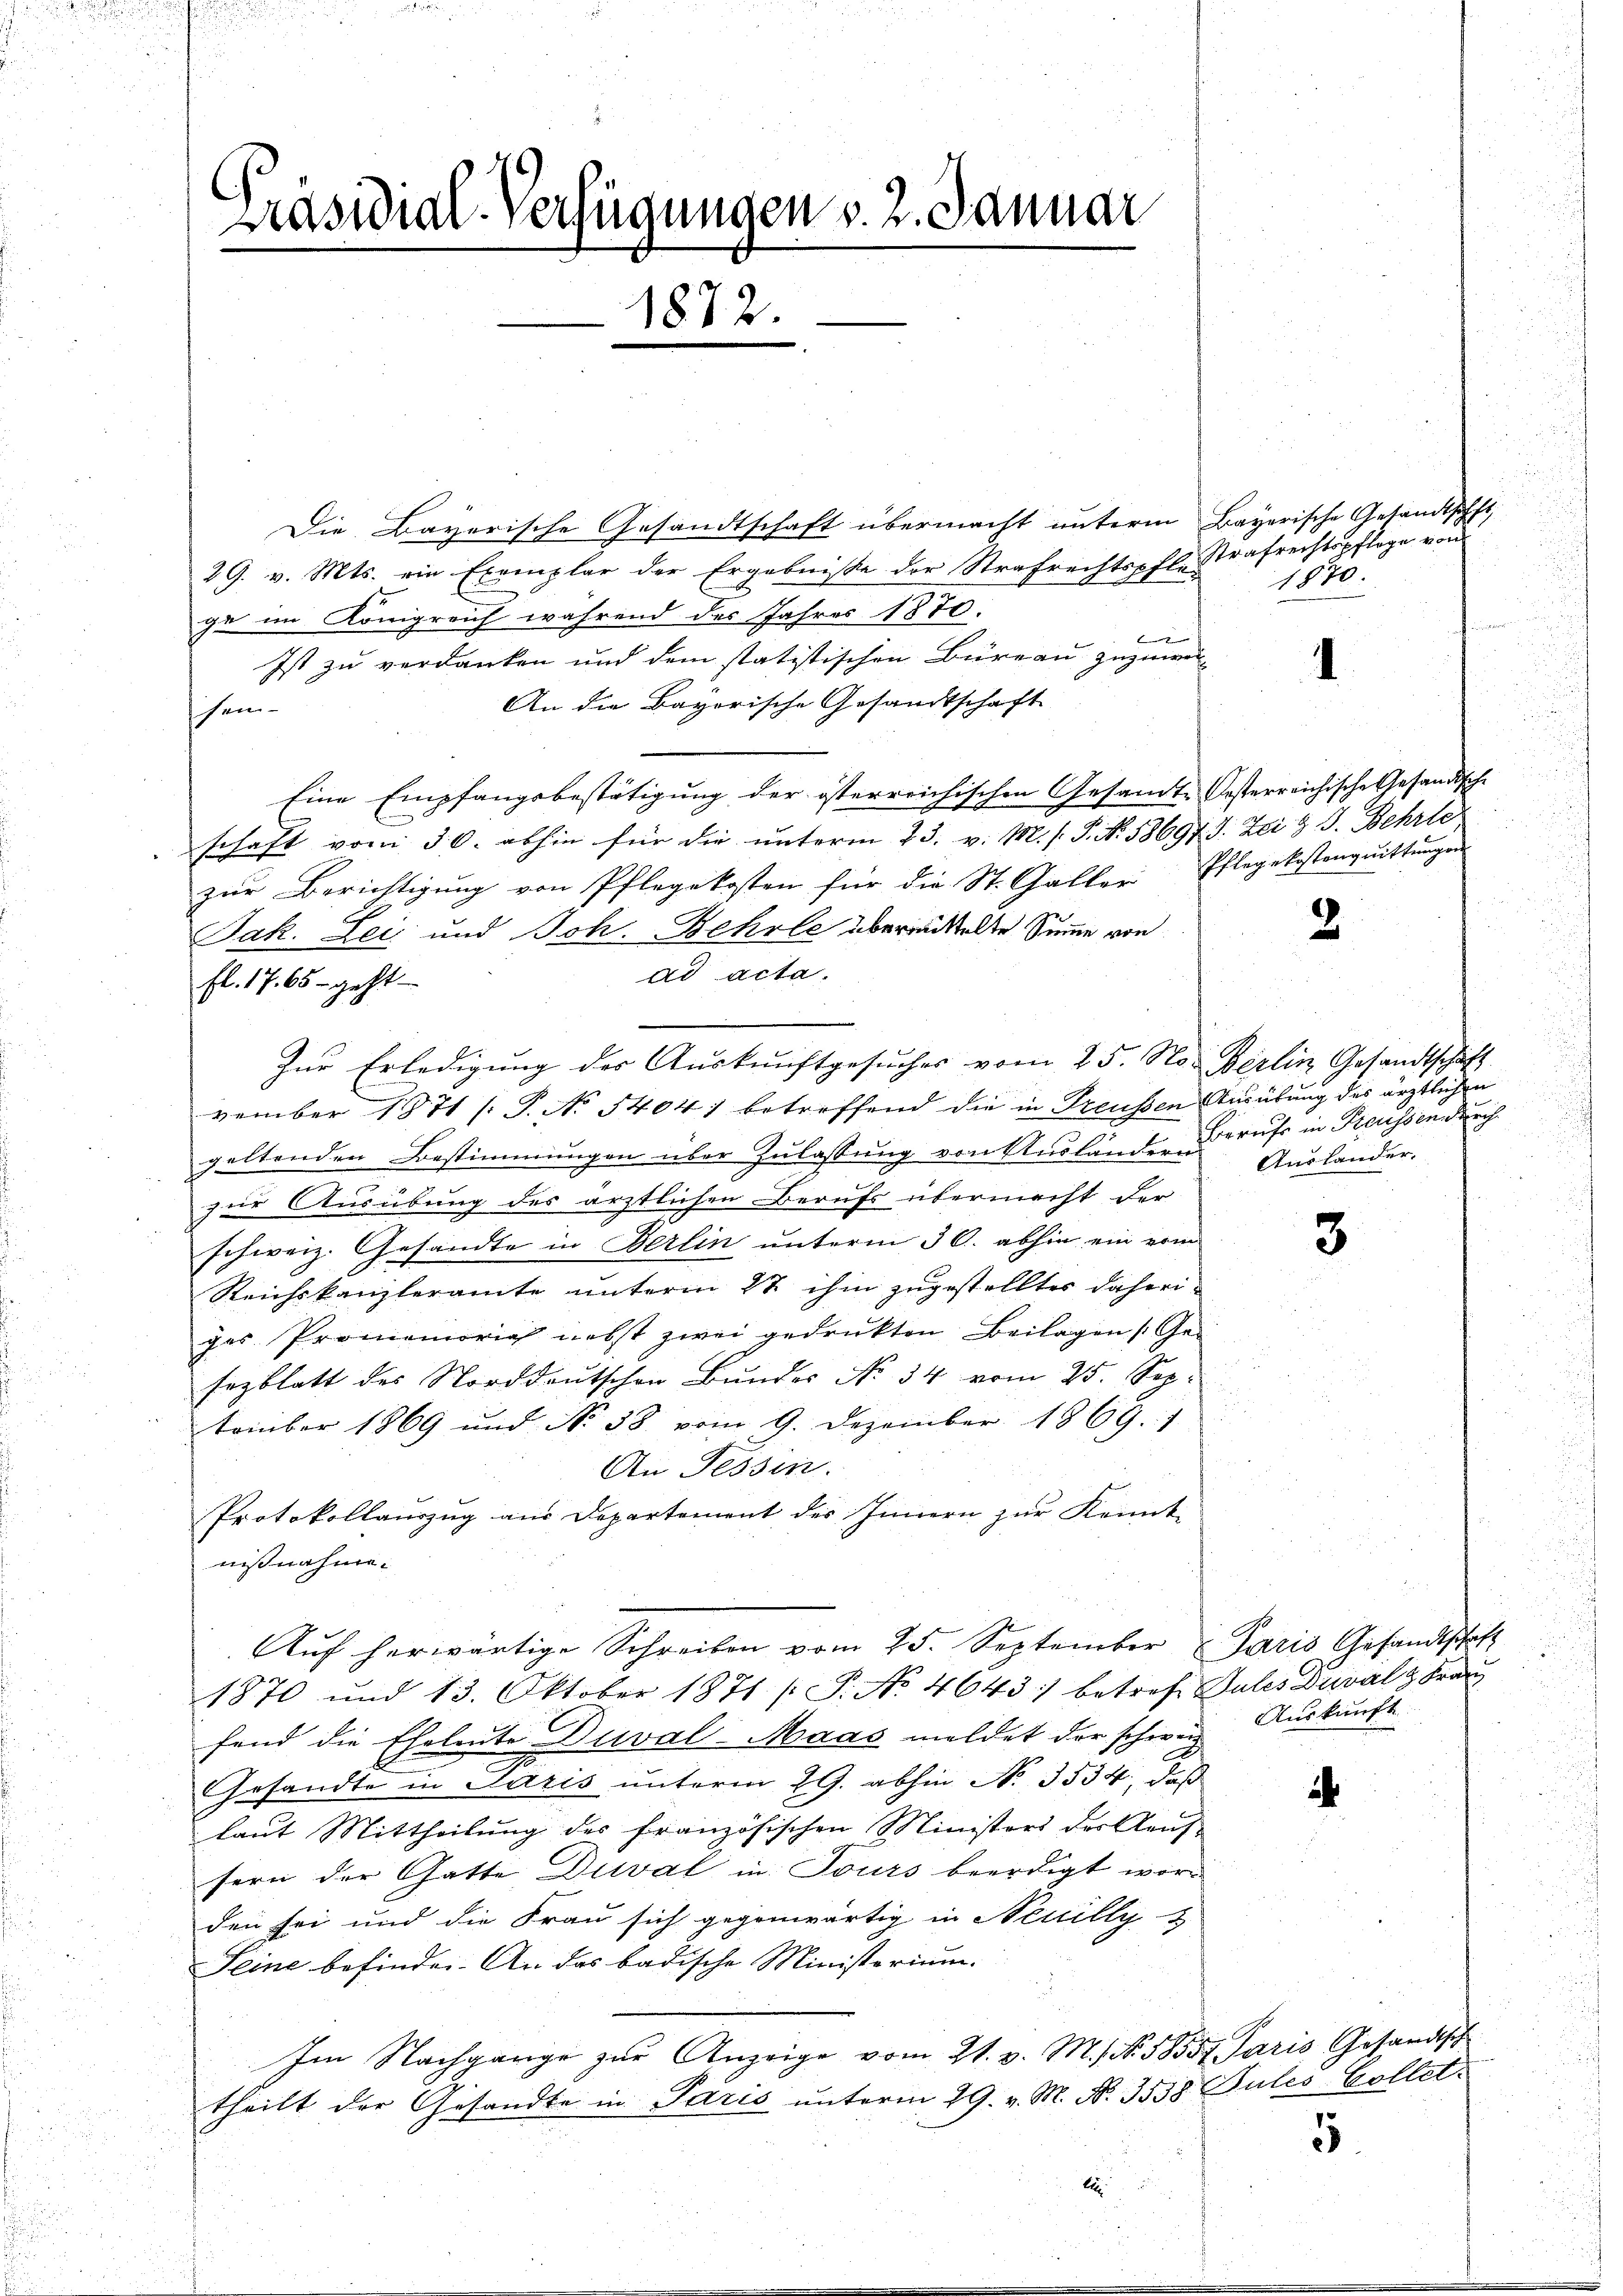
Präsidial-Verfügungen v. 2. Januar
1872.

Die Bayerische Gesandtschaft übermacht unterm Bayerische Gesandtschft
29. v. Mts. ein Exemplar der Ergebnisse der Strafrechtspfl. Strafrechtspflege von
1870.
ge im Königreich während des Jahres 1870.
.
Ist zu verdanken und dem statistischen Büreau zuzuwei
4
An die Bayorische Gesandtschaft
shem.
Eine Empfangsbestätigung der österreichischen Gesandte Oesterreichische Gesandtische
schaft vom 30. abhin für die ŭnterm 23. v. M. s. P. Nr. 58697 J. Zei & J. Behrle
zur Berichtigung von Pflegekosten für die St. Galler Pflegekostenquittungen
Jak. Lei- und Boh. Behrle überrüttelte Summe von
ad acta.
fl. 17. 65 - geht
Zŭr Erledigung der Auskunftgesuches vom 25. No. Berlin Gesandtschaft
vember 1871 /: P. No 5404) betreffend die in Preußen Ausübung des ärztlichen
geltenden Bestimmungen über Zulassung von Ausländen Berufs in Freussen durch
zur Ausübung des ärztlichen Berufs übermacht der
schweiz. Gesandte in Berlin ŭnterm 30. abhin ein erm
Reichskanzleramte unterm 27. ihm zugestelltes daheriges Promemorie nebst zwei gedrukten Beilagen (Ge-
sezblatt des Norddeutschen Bŭndes No. 34 vom 25. Sep.
tember 1869 und No 38 vom 9. Dezember 1869. 1
An Tessin.
Protokollanzug aus Departement des Innern zur Kennt-
nißnahme.
Aŭf herwärtige Schreiben vom 25. September Paris Gesandtschaft
1870 und 13. Oktober 1871 /P. No 4643) betroff Gutes Duralz Fran
fend die Eheleute Duval-Maas meldet der schweiz. Auskunft
Gesandte in Paris unterm 29. abhin No. 3534, daß
a
laŭt Mittheilŭng des französischen Ministors der Kaŭf-
sern der Gatte Duval in Tours beerdigt wor
den sei und die Frau sich gegenwärtig in Neuilly
Seine befinden. An das badische Ministerium.
Im Nachgange zur Anzeige vom 21. v. M. No. 58557. Paris Gesandtsch
¬
theilt der Gesandte in Paris unterm 29. v. M. No. 3558 Pules-Collet.

25
 8
 xx
A
i

s

u
u

2

u
Auslander.

d

2